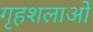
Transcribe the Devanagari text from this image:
गृहशलाओं